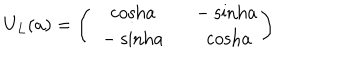
U _ { L } ( a ) = \left( \begin{array} { c c } { { \ \ \mathrm { c o s h } a } } & { { \ \ - \mathrm { s i n h } a } } \\ { { \ - \mathrm { s i n h } a } } & { { \mathrm { c o s h } a } } \\ \end{array} \right)